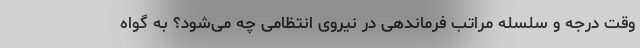
وقت درجه و سلسله مراتب فرماندهی در نیروی انتظامی چه می‌شود؟ به گواه